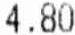
4.80